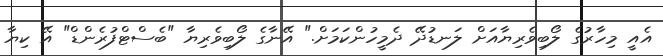
އެއީ މިހާރުގެ ލޯބިވެރިޔާއަށް ލަނޑުދޭ ދެމީހުންކަމަށް." އޭނާގެ ލޯބިވެރިޔާ "ބެސްޓްފުރެންޑް" އޭ ކިޔާ